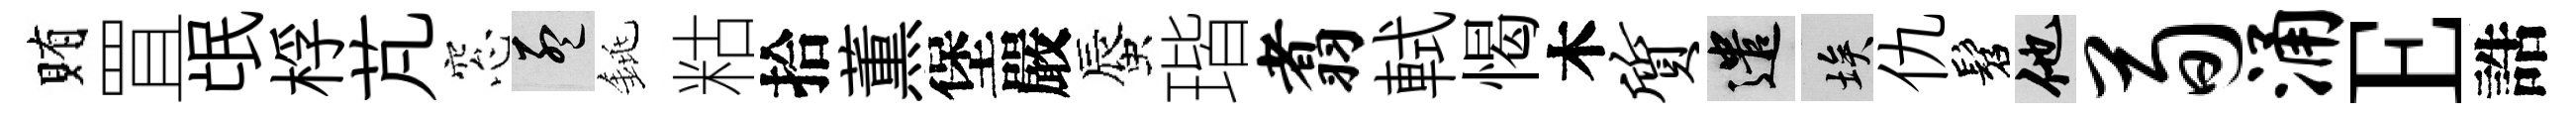
賄罝氓桴芃窓孟銚䊀拾薫堡嚴蜃瑎翥軾愒木质遣埃仇髫他荀涌E誥